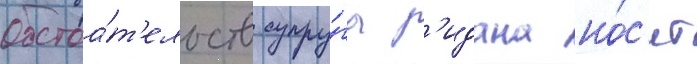
обстоа́т'ельств супру́га з'идана но́с'ит